Lunatic asylums Madras 1877-1891 - 1877-1891
Year: 1877
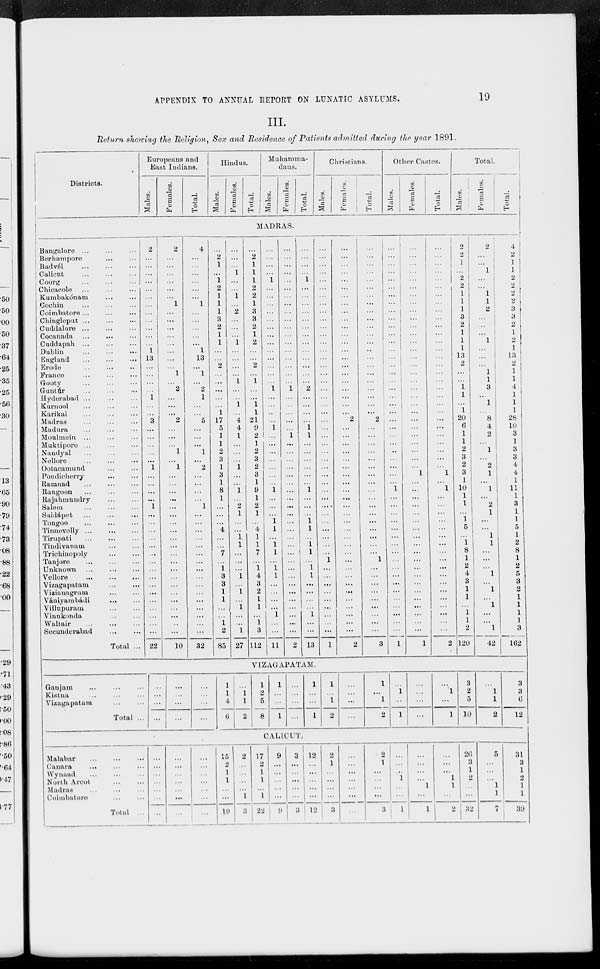
APPENDIX TO ANNUAL REPORT ON LUNATIC ASYLUMS.
19
III.
Return showing the Religion, Sex and Residence of Patients admitted during the year 1891.
Districts.
Europeans and
East Indians.
Males.
Females.
Total.
Hindus.
Males.
Females.
Total.
Muhamma-
dans.
Males.
Females.
Total.
Christians.
Males.
Females.
Total.
Other Castes.
Males.
Females.
Total.
Total.
Males.
Females.
Total.
MADRAS.
Bangalore ... ... ...
Berhampore... ...
Badvél
...
...
...
Calicut ... ... ...
Coorg ... ... ...
Chicacole ... ... ...
Kumbakónam ... ...
Cochin ... ... ...
Coimbatore... ... ...
Chingleput
...
...
...
Cuddalore
...
...
...
Cocanada ... ... ...
Caddapah
...
...
...
Dublin
...
...
...
England
...
...
...
Erode
...
...
...
France ... ... ...
Gooty ... ... ...
Guntúr ... ... ...
Hyderabad ... ... ...
Kurnool ... ... ...
Karikal ... ... ...
Madras ... ... ...
Madura ... ... ...
Moulmein ... ... ...
Muktipore ... ... ...
Nandyal ... ... ...
Nellore ... ... ...
Ootacamund ... ...
Pondicherry ... ...
Ramnad ... ... ...
Rangoon
...
...
...
Rajahmundry ... ...
Salem ... ... ...
Saidápet ...
...
...
Tongoo
...
...
...
Tinnevelly
...
...
...
Tirupati
...
...
...
Tindivanam
...
...
Trichinopoly ... ...
Tanjore
...
...
...
Unknown ...
...
...
Vellore
...
...
...
Vizagapatam
...
...
Vizianagrum
...
...
Vániyambádi ... ...
Villupuram ... ...
Vinukonda
...
...
Waltair
...
...
...
Secunderabad ... ...
Total ...
2
...
...
...
...
...
...
...
...
...
...
...
...
1
13
...
...
...
...
1
...
...
3
...
...
...
...
...
1
...
...
...
...
1
...
...
...
...
...
...
...
...
...
...
...
...
...
...
...
...
22
2
...
...
...
...
...
...
1
...
...
...
...
...
...
...
...
1
...
2
...
...
...
2
...
...
...
1
...
1
...
...
...
...
...
...
...
...
...
...
...
...
...
...
...
...
...
...
...
...
...
10
4
...
...
...
...
...
...
1
...
...
...
...
...
1
13
...
1
...
2
1
...
...
5
...
...
...
1
...
2
...
...
...
...
1
...
...
...
...
...
...
...
...
...
...
...
...
...
...
...
...
32
...
2
1
...
1
2
1
1
1
3
2
1
1
...
...
2
...
...
...
...
...
1
17
5
1
1
2
3
1
3
1
8
1
...
...
...
4
...
...
7
...
1
3
3
1
1
...
...
1
2
85
...
...
...
1
...
...
1
...
2
...
...
...
1
...
...
...
...
1
...
...
1
...
4
4
1
...
...
...
1
...
...
1
...
2
1
...
...
1
1
...
...
...
1
...
1
...
1
...
...
1
27
...
2
1
1
1
2
2
1
3
3
2
1
2
...
...
2
...
1
...
...
1
1
21
9
2
1
2
3
2
3
1
9
1
2
1
...
4
1
1
7
...
1
4
3
2
1
1
...
1
3
112
...
...
...
...
1
...
...
...
...
...
...
...
...
...
...
...
...
...
1
...
...
...
...
1
...
...
...
...
...
...
...
1
...
...
...
1
1
...
1
1
...
1
1
...
...
...
...
1
...
...
11
...
...
...
...
...
...
...
...
...
...
...
...
...
...
...
...
...
...
1
...
...
...
...
...
1
...
...
...
...
...
...
...
...
...
...
...
...
...
...
...
...
...
...
...
...
...
...
...
...
...
2
...
...
...
...
1
...
...
...
...
...
...
...
...
...
...
...
...
...
2
...
...
...
...
1
1
...
...
...
...
...
...
1
...
...
...
1
1
...
1
1
...
1
1
...
...
...
...
1
...
...
13
...
...
...
...
...
...
...
...
...
...
...
...
...
...
...
...
...
...
...
...
...
...
...
...
...
...
...
...
...
...
...
...
...
....
...
...
...
...
...
...
1
...
...
...
...
...
...
...
...
...
1
...
...
...
...
...
...
...
...
...
...
...
...
...
...
...
...
...
...
...
...
...
...
2
...
...
...
...
...
...
...
...
...
...
...
...
...
...
...
...
...
...
...
...
...
...
...
...
...
...
...
2
...
...
...
...
...
...
...
...
...
...
...
...
...
...
...
...
...
...
...
...
...
...
2
...
...
...
...
...
...
...
...
...
...
...
...
...
...
...
...
...
1
...
...
...
...
...
...
...
...
...
3
...
...
...
...
...
...
...
...
...
...
...
...
...
...
...
...
...
...
...
...
...
...
...
...
...
...
...
...
...
...
...
1
...
...
...
...
...
...
...
...
...
...
...
...
...
...
...
...
...
...
1
...
...
...
...
...
...
...
...
...
...
...
...
...
...
...
...
...
...
...
...
...
...
...
...
...
...
...
...
...
1
...
...
...
...
...
...
...
...
...
...
...
...
...
...
...
...
...
...
. ..
...
1
...
...
...
...
...
...
...
...
...
...
...
...
...
...
...
...
...
...
...
...
...
...
...
...
...
...
...
...
...
1
...
1
...
...
...
...
...
...
...
...
...
...
...
...
...
...
...
...
...
...
2
2
2
1
...
2
2
1
1
1
3
2
1
1
1
13
2
...
...
1
1
...
1
20
6
1
1
2
3
2
3
1
10
1
1
...
1
5
...
1
8
1
2
4
3
1
1
...
1
1
2
120
...
...
...
1
...
...
1
1
2
...
...
...
1
...
...
...
1
1
3
...
1
...
8
4
2
...
1
...
2
1
...
1
...
2
1
...
...
1
1
...
...
...
1
...
1
...
1
...
...
1
42
4
2
1
1
2
2
2
2
3
3
2
1
2
1
13
2
1
1
4
1
1
1
28
10
3
1
3
3
4
4
1
11
1
3
1
1
5
1
2
8
1
2
5
3
2
1
1
1
1
3
162
VIZAGAPATAM.
Ganjam
...
...
...
Kistna
...
...
...
Vizagapatam ... ...
Total ...
...
...
...
...
...
...
...
...
...
...
...
...
1
1
4
6
...
1
1
2
1
2
5
8
1
...
...
1
...
...
...
...
1
...
...
1
1
...
1
2
...
...
...
...
1
...
1
2
...
1
...
1
...
...
...
...
...
1
...
1
3
2
5
10
...
1
1
2
3
3
6
12
CALICUT.
Malabar
...
...
...
Canara ... ... ...
Wynaad ... ... ...
North Arcot ... ...
Madras ... ... ...
Coimbatore
...
...
Total ...
...
...
...
...
...
...
...
...
...
...
...
...
...
...
...
...
...
...
...
...
...
15
2
1
1
...
...
19
2 ...
...
...
...
1
3
17
2
1
1
...
1
22
9
...
...
...
...
...
9
3
...
...
...
...
...
3
12
...
...
...
...
...
12
2
1
...
...
...
...
3
...
...
...
...
...
...
...
2
1
...
...
...
...
3
...
...
...
1
...
...
1
...
...
...
...
1
...
1
...
...
...
1
1
...
2
26
3
1
2
...
...
32
5
...
...
...
1
1
7
31
3
1
2
1
1
39